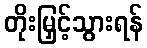
တိုးမြှင့်သွားရန်